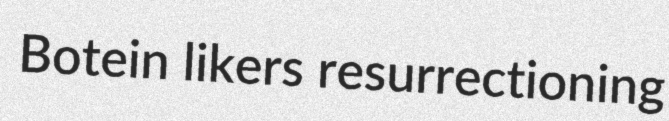
Botein likers resurrectioning